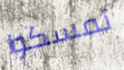
تمسكوا